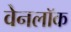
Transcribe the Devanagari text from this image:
वेनलॉक